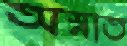
অস্নাত